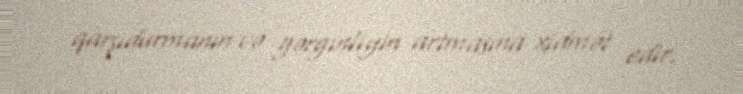
qarşıdurmanın və gərginliyin artmasına xidmət edir.